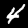
Label: 4